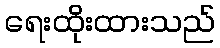
ရေးထိုးထားသည်